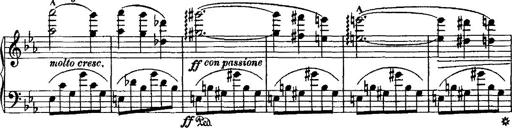
Title: Grande valse di bravura
Composer: Franz Liszt